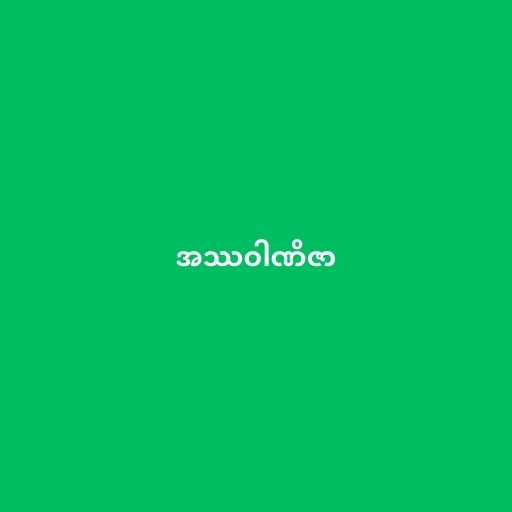
အဿဝါဏိဇာ